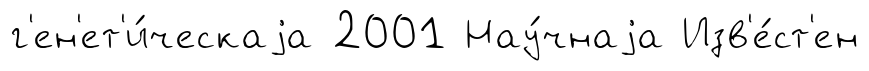
г'ен'ет'и́ческаjа 2001 Нау́чнаjа Изв'е́ст'ен